Annual report on the mental hospital in the Central Provinces and Berar (Nagpur) - 1927-1951
Year: 1927
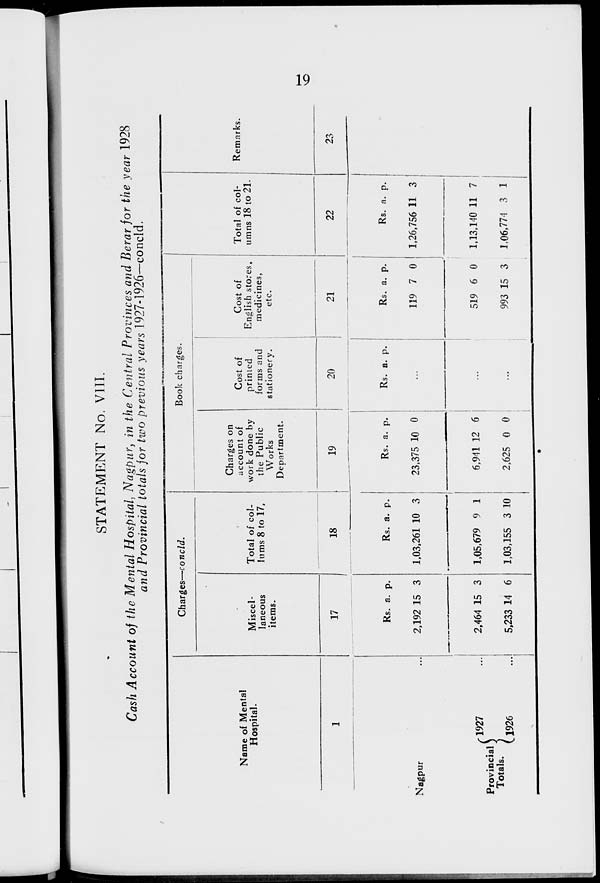
19
STATEMENT No. VIII.
Cash Account of the Mental Hospital, Nagpur, in the Central Provinces and Berar for the year 1928
and Provincial totals for two previous years 1927-1926—concld.
Name of Mental
Hospital.
1
Nagpur ...
Provincial
Totals.
1927 ...
1926 ...
Charges—concld.
Miscel-
laneous
items.
17
Rs.
2,192
2,464
5,233
a.
15
15
14
p.
3
3
6
Total of col-
lums 8 to 17.
18
Rs.
1,03,261
1,05,679
1,03,155
a.
10
9
3
p.
3
1
10
Book charges.
Charges on
account of
work done by
the Public
Works
Department.
19
Rs.
23,375
6,941
2,625
a.
10
12
0
p.
0
6
0
Cost of
printed
forms and
stationery.
20
Rs. a. p.
...
...
...
Cost of
English stores,
medicines,
etc.
21
Rs.
119
519
993
a.
7
6
15
p.
0
0
3
Total of col-
umns 18 to 21.
22
Rs.
1,26,756
1,13,140
1,06,774
a.
11
11
3
p.
3
7
1
Remarks.
23